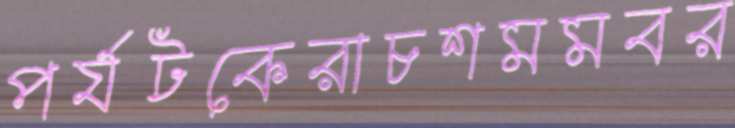
পর্যটকেরাচশমমবর